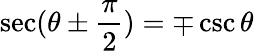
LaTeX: \sec(\theta\pm{\frac{\pi}{2}})=\mp\csc\theta